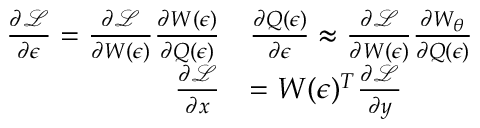
\begin{array} { r l } { \frac { \partial \mathcal { L } } { \partial \epsilon } = \frac { \partial \mathcal { L } } { \partial W ( \epsilon ) } \frac { \partial W ( \epsilon ) } { \partial Q ( \epsilon ) } } & { \frac { \partial Q ( \epsilon ) } { \partial \epsilon } \approx \frac { \partial \mathcal { L } } { \partial W ( \epsilon ) } \frac { \partial W _ { \theta } } { \partial Q ( \epsilon ) } } \\ { \frac { \partial \mathcal { L } } { \partial x } } & { = W ( \epsilon ) ^ { T } \frac { \partial \mathcal { L } } { \partial y } } \end{array}